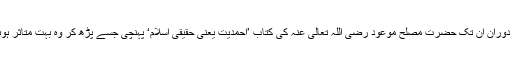
اسی دوران ان تک حضرت مصلح موعود رضی اللہ تعالیٰ عنہ کی کتاب ’احمدیت یعنی حقیقی اسلام‘ پہنچی جسے پڑھ کر وہ بہت متاثر ہوئیں ۔